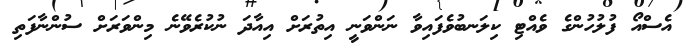
އެސްއޯ ފުލުހުންގެ ވެއްޓި ކިލަނބުވެފައިވާ ނަންވަނީ އިތުރަށް އިއާދަ ނުކުރެވޭނެ މިންވަރަށް ސުންނާފަތި